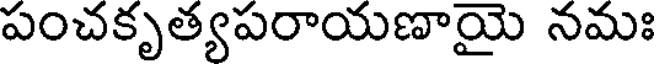
పంచకృత్యపరాయణాయై నమః